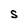
Character: S